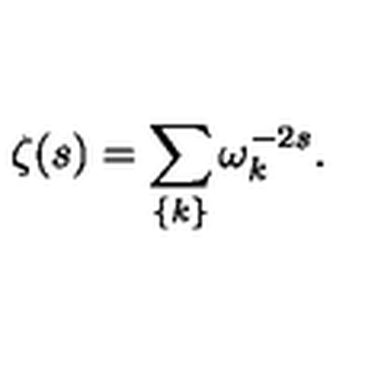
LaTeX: \zeta ( s ) = \sum _ { \{ k \} } \omega _ { k } ^ { - 2 s } .